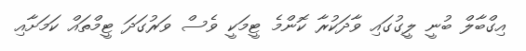
އިގްބާލް ބުނީ ލީގުގައި ވާދަކުރާ ކޮންމެ ޓީމަކީ ވެސް ވަރުގަދަ ޓީމްތައް ކަމަށާއި